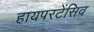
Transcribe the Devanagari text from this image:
हायपरटेंसिव